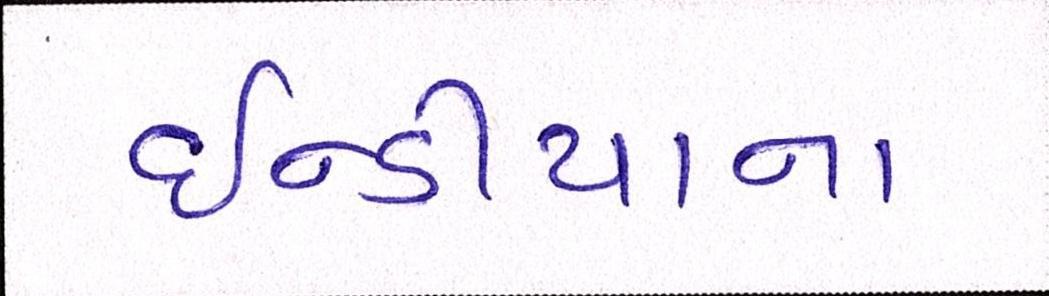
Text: ઇન્ડીયાના